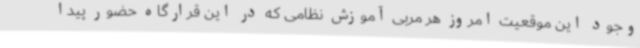
وجود این موقعیت امروز هر مربی آموزش نظامی که در این قرارگاه حضور پیدا